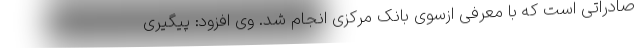
صادراتی است که با معرفی ازسوی بانک مرکزی انجام شد. وی افزود: پیگیری